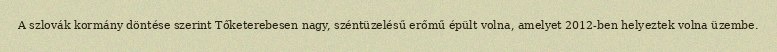
A szlovák kormány döntése szerint Tőketerebesen nagy, széntüzelésű erőmű épült volna, amelyet 2012-ben helyeztek volna üzembe.